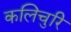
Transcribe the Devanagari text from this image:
कलिचुरि